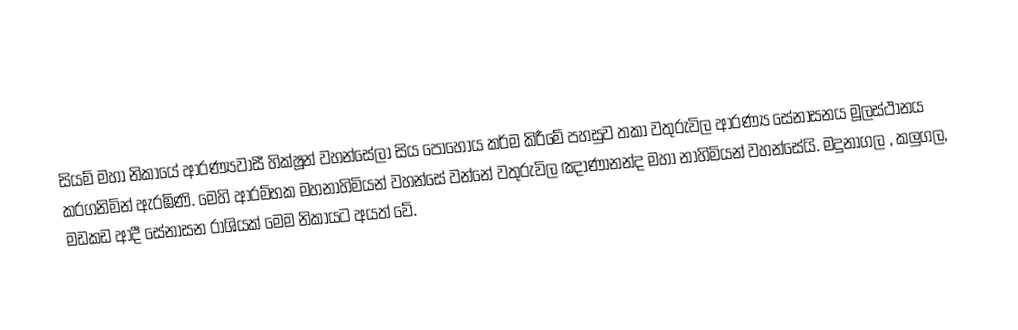
සියම් මහා නිකායේ ආරණ්‍යවාසී හික්ෂූන් වහන්සේලා සිය පොහොය කර්ම කිරීමේ පහසුව තකා වතුරුවිල ආරණ්‍ය සේනාසනය මූලස්ථානය කරගනිමින් ඇරඹිණි. මෙහි ආරම්භක මහනාහිමියන් වහන්සේ වන්නේ වතුරුවිල ඤාණානන්ද මහා නාහිමියන් වහන්සේයි. මදුනාගල , කලුගල, මඩකඩ ආදී සේනාසන රාශියක් මෙම නිකායට අයත්‍ වේ.